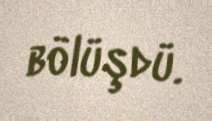
bölüşdü.